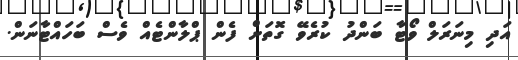
އަދި މިނަރަލް ވޯޓާ ބަންދު ކުރެވޭ ގޮތަށް ފެން ޕްލާންޓެއް ވެސް ބަހައްޓާނަން.